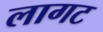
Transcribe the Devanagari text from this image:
लागट